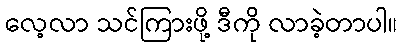
လေ့လာ သင်ကြားဖို့ ဒီကို လာခဲ့တာပါ။